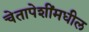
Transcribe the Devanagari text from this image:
चेतापेशींमधील